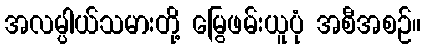
အလမ္ပါယ်သမားတို့ မြွေဖမ်းယူပုံ အစီအစဉ်။